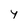
Character: Y